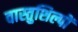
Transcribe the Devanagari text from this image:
वास्तुशिल्पों